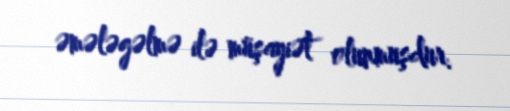
əmələgəlmə ilə müşayiət olunmuşdur.